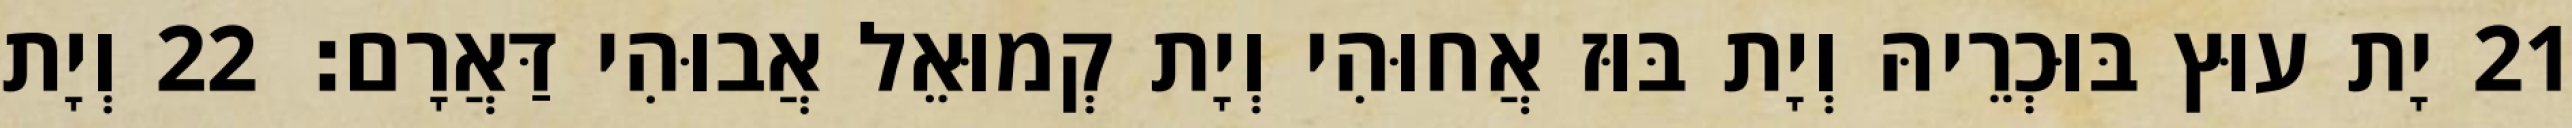
21 יָת עוּץ בּוּכְרֵיהּ וְיָת בּוּז אֲחוּהִי וְיָת קְמוּאֵל אֲבוּהִי דַּאֲרָם׃ 22 וְיָת